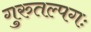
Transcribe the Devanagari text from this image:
गुरुतल्पगः